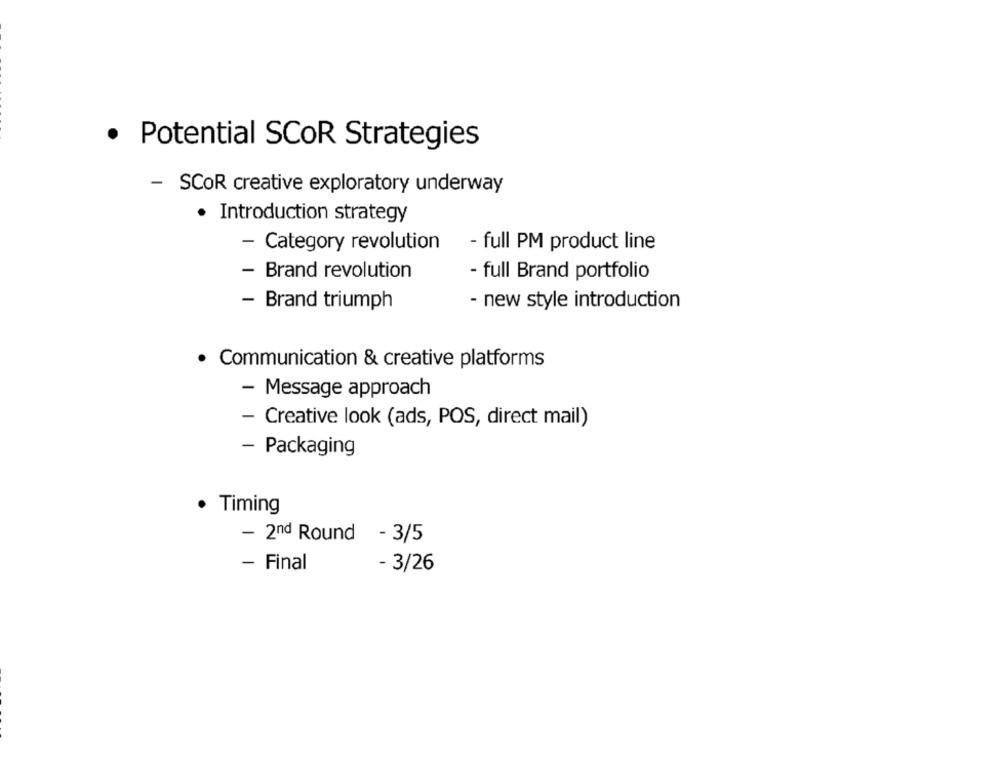
· Potential SCOR Strategies
- SCOR creative exploratory underway
· Introduction strategy
- Category revolution
- full PM product line
- Brand revolution
- full Brand portfolio
- new style introduction
- Brand triumph
· Communication & creative platforms
- Message approach
- Creative look (ads, POS, direct mail)
- Packaging
· Timing
- 2nd Round - 3/5
- Final
- 3/26